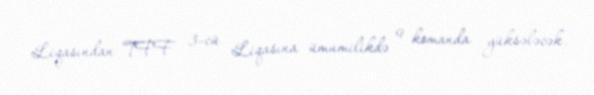
Liqasından TFF 3-cü Liqasına ümumilikdə 9 komanda yüksələcək.